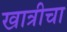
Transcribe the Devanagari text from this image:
खात्रीचा